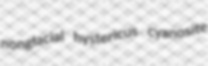
nonglacial hystericus cyanosite